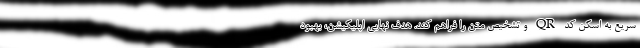
سریع به اسکن کد QR و تشخیص متن را فراهم کند. هدف نهایی اپلیکیشن، بهبود